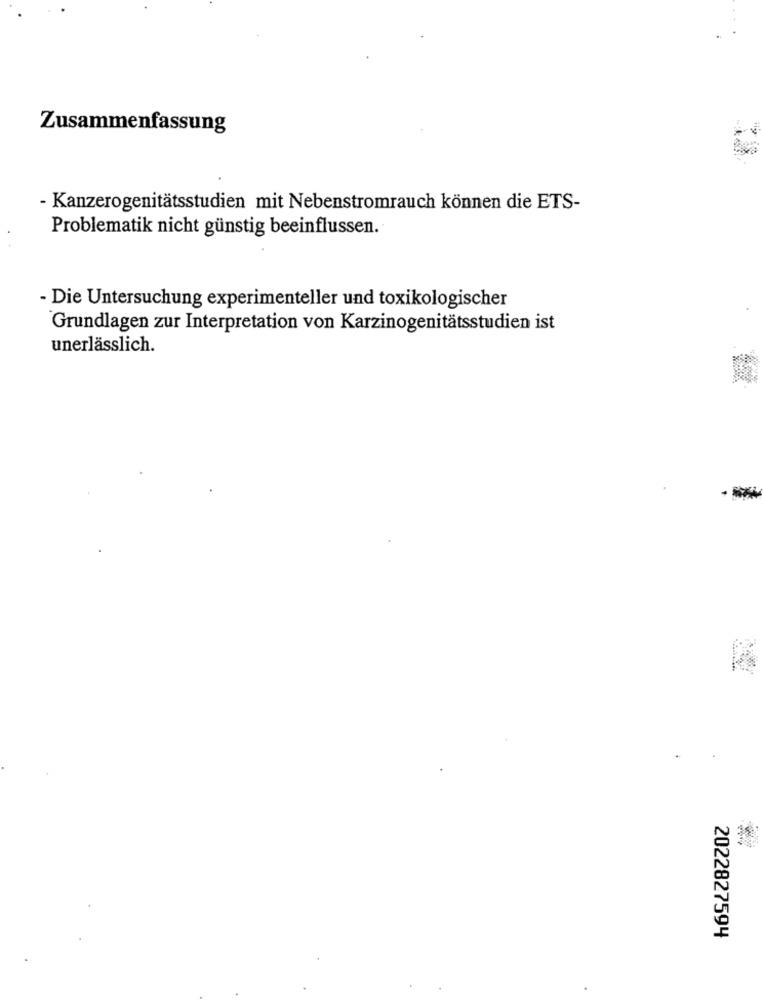
Zusammenfassung
- Kanzerogenitätsstudien mit Nebenstromrauch können die ETS-
Problematik nicht günstig beeinflussen.
- Die Untersuchung experimenteller und toxikologischer
Grundlagen zur Interpretation von Karzinogenitätsstudien ist
unerlässlich.
2022827594